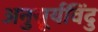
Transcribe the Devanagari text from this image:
अनुसूर्यविंदु